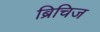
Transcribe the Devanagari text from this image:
ब्रिचिज